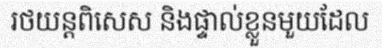
រថយន្តពិសេស និងផ្ទាល់ខ្លួនមួយដែល